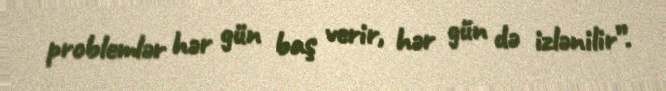
problemlər hər gün baş verir, hər gün də izlənilir”.